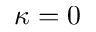
\kappa = 0